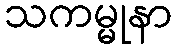
သကမ္မုနာ